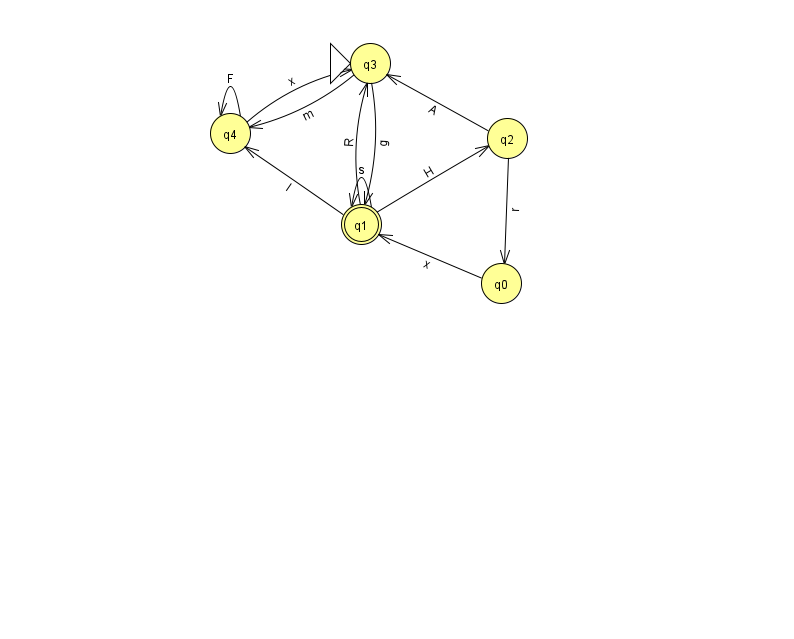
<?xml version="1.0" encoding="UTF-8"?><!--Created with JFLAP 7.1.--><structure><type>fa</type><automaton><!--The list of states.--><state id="0" name="q0"><x>501.0</x><y>270.0</y></state><state id="1" name="q1"><x>361.0</x><y>211.0</y><final/></state><state id="2" name="q2"><x>507.0</x><y>125.0</y></state><state id="3" name="q3"><x>370.0</x><y>50.0</y><initial/></state><state id="4" name="q4"><x>230.0</x><y>120.0</y></state><!--The list of transitions.--><transition><from>4</from><to>3</to><read>x</read></transition><transition><from>1</from><to>1</to><read>s</read></transition><transition><from>2</from><to>0</to><read>r</read></transition><transition><from>4</from><to>4</to><read>F</read></transition><transition><from>3</from><to>4</to><read>m</read></transition><transition><from>0</from><to>1</to><read>x</read></transition><transition><from>2</from><to>3</to><read>A</read></transition><transition><from>3</from><to>1</to><read>g</read></transition><transition><from>1</from><to>4</to><read>l</read></transition><transition><from>1</from><to>2</to><read>H</read></transition><transition><from>1</from><to>3</to><read>R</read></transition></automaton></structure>